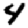
Digit: 4